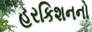
હરકિશનનો